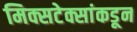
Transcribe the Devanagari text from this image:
मिक्सटेक्सांकडून